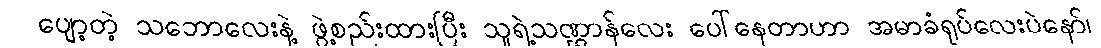
ပျော့တဲ့ သဘောလေးနဲ့ ဖွဲ့စည်းထားပြီး သူရဲ့သဏ္ဌာန်လေး ပေါ်နေတာဟာ အမာခံရုပ်လေးပဲနော်၊